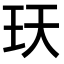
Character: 𤤇